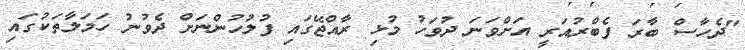
"ދެހާސް ބާރަ ފެބްރުއަރީ އަށްވަނަ ދުވަހު މުޅި ރާއްޖޭގައި ފުލުހުންނަށް ދެވުނު ހަމަލާތަކުގައި